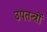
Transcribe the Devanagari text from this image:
उपतन्त्रों